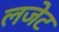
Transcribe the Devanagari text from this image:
लजेट